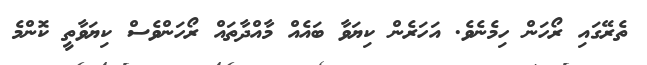
ތެރޭގައި ރޯހަން ހިމެނެވެ. އަހަރެން ކިޔަވާ ބައެއް މާއްދާތައް ރޯހަންވެސް ކިޔަވާތީ ކޮންމެ